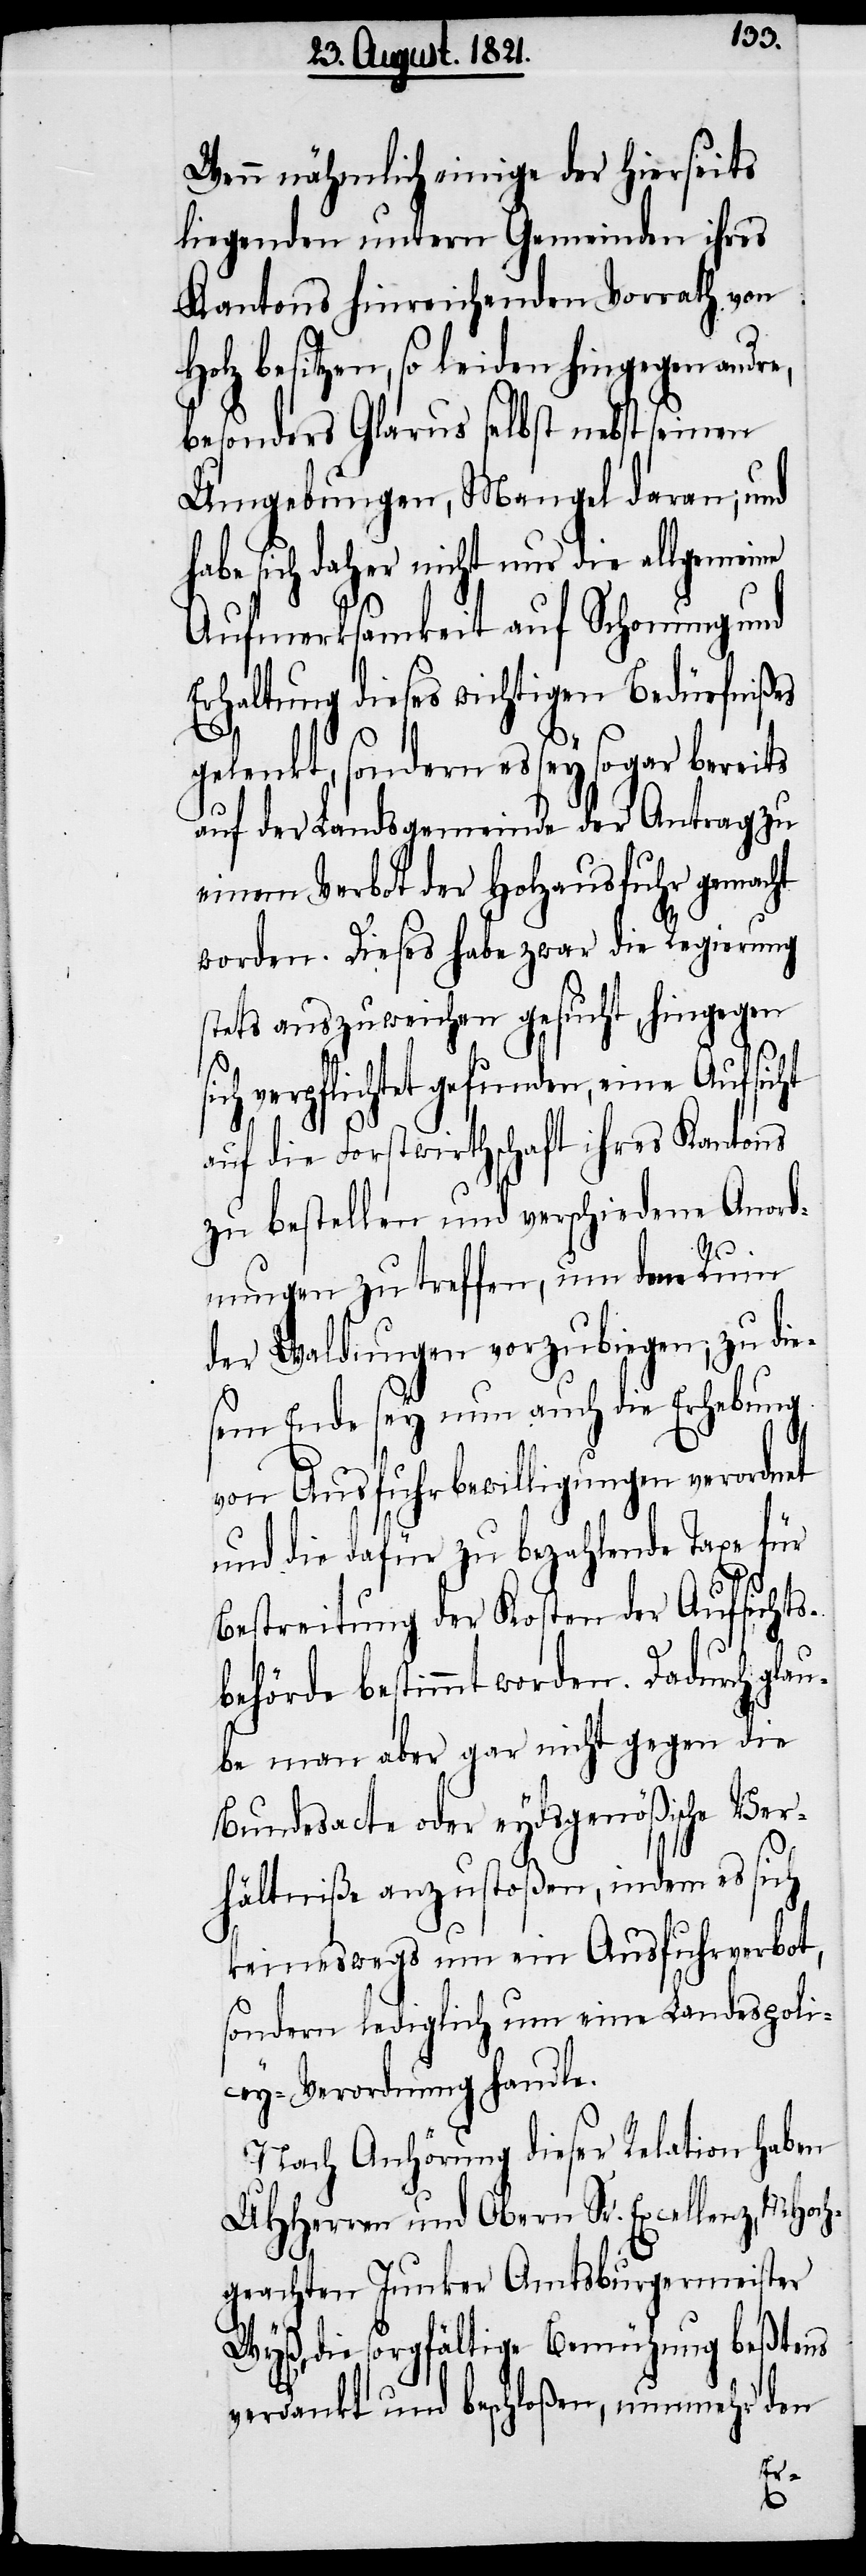
Wenn nähmlich einige der hierseits
liegenden untern Gemeinden ihres
Kantons hinreichenden Vorrath von
Holz besitzen, so leiden hingegen andre,
besonders Glarus selbst nebst seinen
Umgebungen, Mangel daran; und
habe sich daher nicht nur die allgemeine
Aufmerksamkeit auf Schonung und
Erhaltung dieses wichtigen Bedürfnißes
gelenkt, sondern es sey sogar bereits
auf der Landsgemeinde der Antrag zu
einem Verbot der Holzausfuhr gemacht
worden. Dieses habe zwar die Regierung
stets auszuweichen gesucht, hingegen
ich verpflichtet gefunden, eine Aufsicht
auf die Forstwirthschaft ihres Kantons
zu bestellen und verschiedene Anord¬
nungen zu treffen, um dem Ruin
der Waldungen vorzubiegen; zu die¬
sem Ende sey nun auch die Erhebung
von Ausfuhrbewilligungen verordnet
und die dafür zu bezahlende Taxe für
Bestreitung der Kosten der Aufsichts¬
behörde bestimmt worden. Dadurch gla¬
ube man aber gar nicht gegen die
Bundesacte oder eydsgenößische Ver¬
hältniße anzustoßen, indem es sich
keineswegs um ein Ausfuhrverbot,
sondern lediglich um eine Landespoli¬
cey-Verordnung handle.
Nach Anhörung dieser Relation haben
UHHerren und Obern Sr. Excellenz, MHoc¬
hgeachten Junker Amtsburgermeister
Wyß, die sorgfältige Bemühung beßtens
verdankt und beschloßen, nunmehr den
s¬